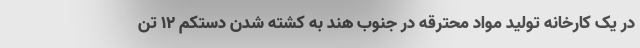
در یک کارخانه تولید مواد محترقه در جنوب هند به کشته شدن دستکم ۱۲ تن